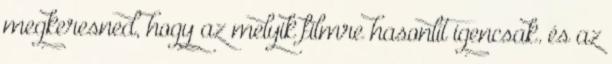
megkeresned, hogy az melyik filmre hasonlít igencsak. és az